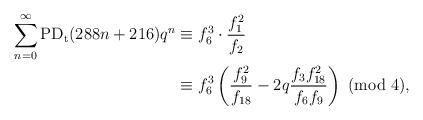
LaTeX: \begin{align*}\sum_{n=0}^{\infty}\textup{PD}_\textup{t}(288n+216)q^n&\equiv f_6^3\cdot\dfrac{f_1^2}{f_2}\\&\equiv f_6^3\left(\dfrac{f_9^2}{f_{18}}-2q\dfrac{f_3f_{18}^2}{f_6f_9}\right)~(\textup{mod}~4),\end{align*}